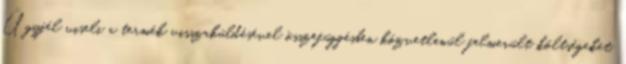
Ügyfél viseli a termék visszaküldésével összefüggésben közvetlenül felmerült költségeket.